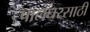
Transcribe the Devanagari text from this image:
पालघरसाठी